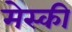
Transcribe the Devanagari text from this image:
मेस्की